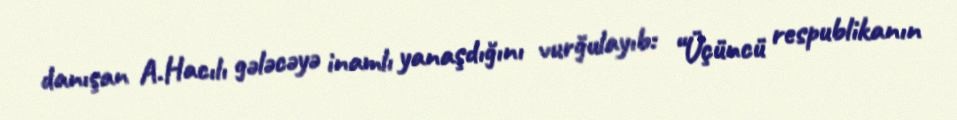
danışan A.Hacılı gələcəyə inamlı yanaşdığını vurğulayıb: “Üçüncü respublikanın